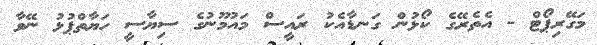
މަގޭރިޕޯޓް - އެތެރޭގެ ކޯޅުން ގަނޑާއެކު ރައީސް މައުމޫނުގެ ސިޔާސީ ހަޔާތްޕުޅު ނޭވާ